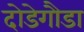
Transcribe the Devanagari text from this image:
दोडेगौडा